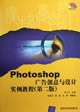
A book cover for Photoshop CS business image creativity and performance(Chinese Edition); LIU XIAO WEI ZHU BIAN LIAO HAO DENG BIAN ZHU; Business & Money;